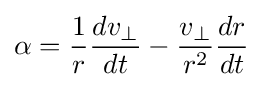
\alpha ={\frac {1}{r}}{\frac {dv_{\perp }}{dt}}-{\frac {v_{\perp }}{r^{2}}}{\frac {dr}{dt}}